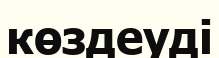
көздеуді